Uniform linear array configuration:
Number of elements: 16
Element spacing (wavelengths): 0.5
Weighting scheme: blackman
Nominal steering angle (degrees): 60
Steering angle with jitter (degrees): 58.573
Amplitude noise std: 0.05
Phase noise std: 0.05

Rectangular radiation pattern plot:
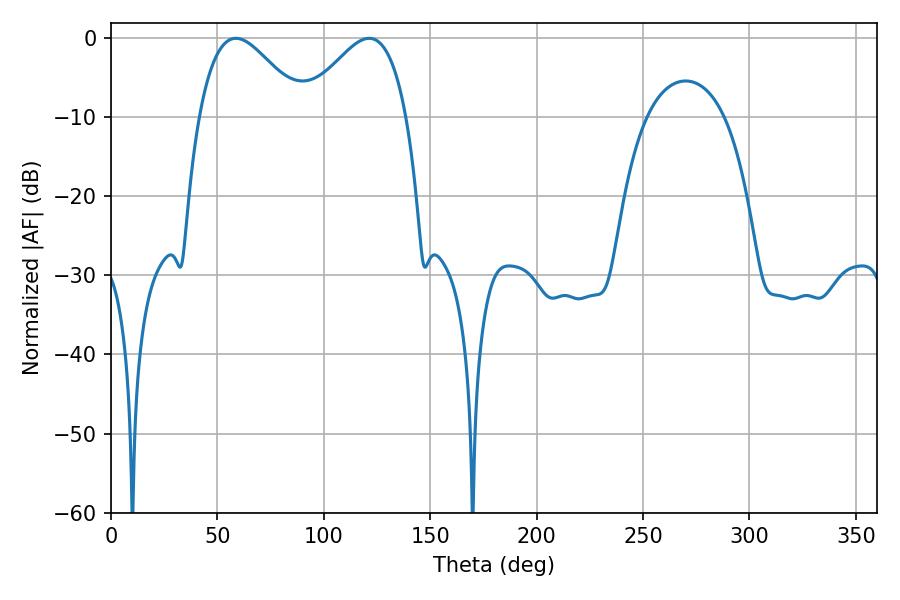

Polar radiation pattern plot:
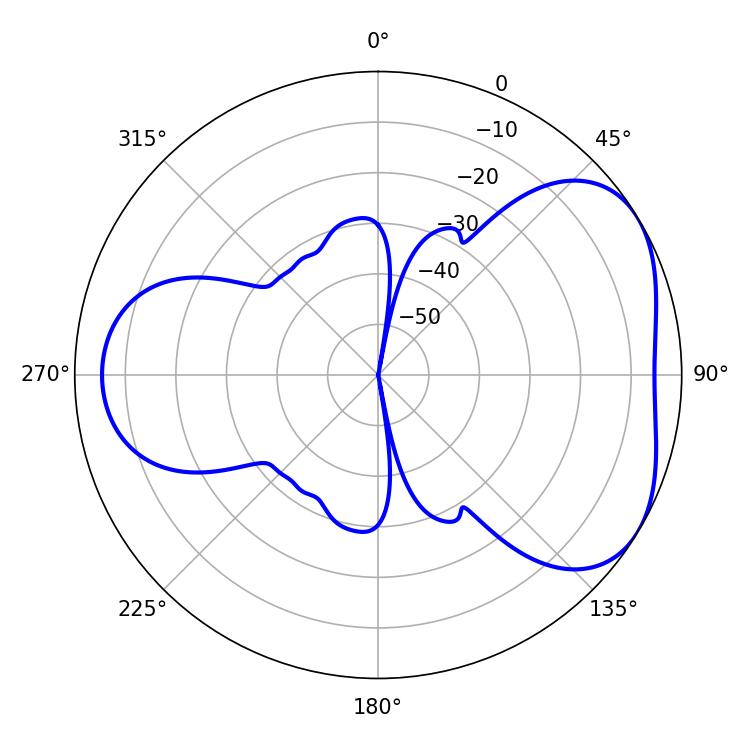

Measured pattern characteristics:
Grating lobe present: FALSE
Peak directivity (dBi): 4.41
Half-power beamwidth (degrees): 26.28
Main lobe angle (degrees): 58.68